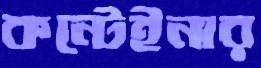
কন্টেইনার